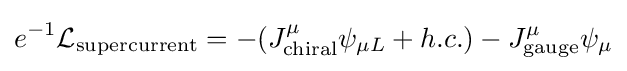
e^{-1}{\mathcal {L}}_{\text{supercurrent}}=-(J_{\text{chiral}}^{\mu }\psi _{\mu L}+h.c.)-J_{\text{gauge}}^{\mu }\psi _{\mu }